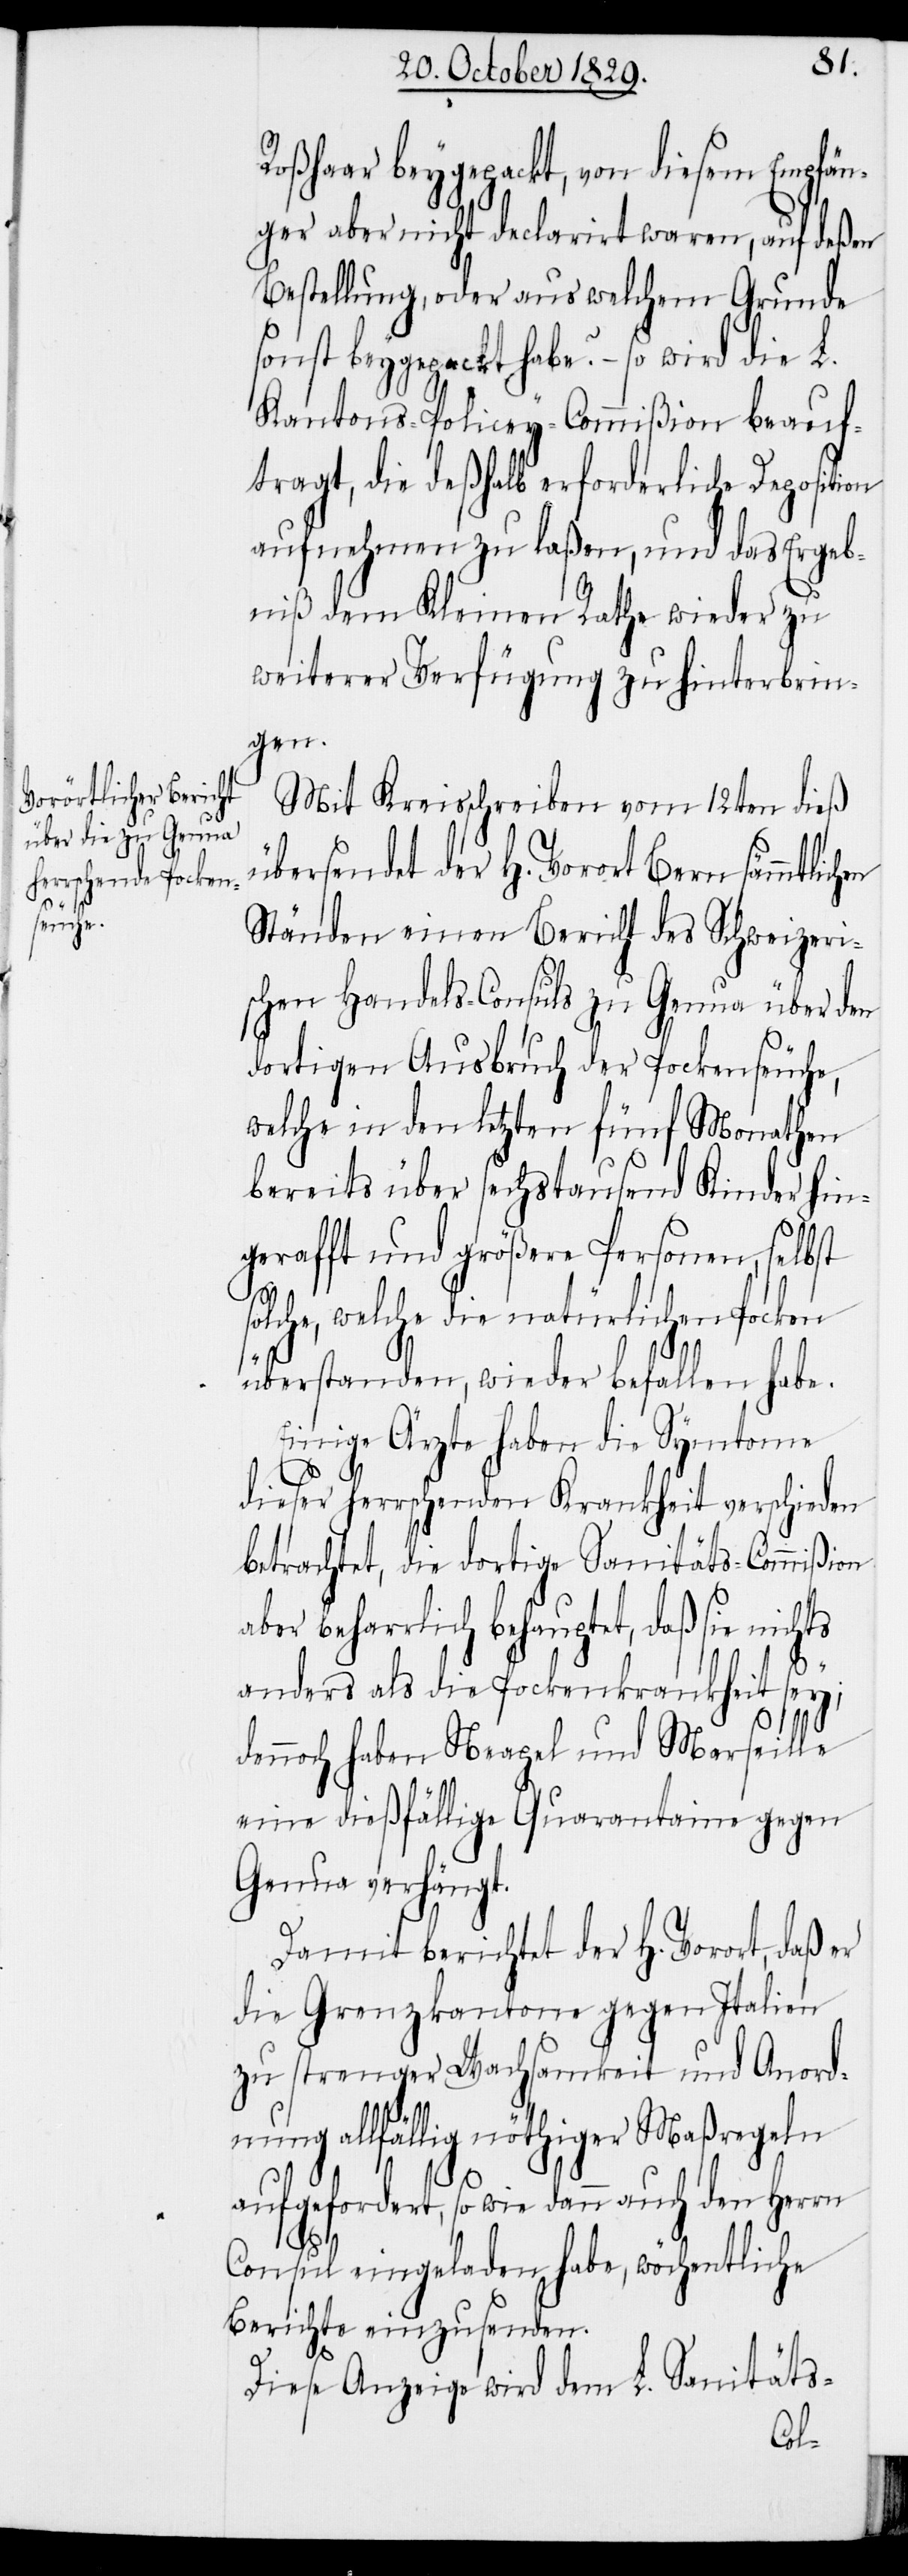
Roßhaar beygepackt, von diesem Empfän¬
ger aber nicht declarirt waren, auf deßen
Bestellung, oder aus welchem Grunde
sonst beygepackt habe? – so wird die L.
Kantons-Policey-Commißion beauf¬
tragt, die deßhalb erforderliche Deposition
aufnehmen zu laßen, und das Ergeb¬
niß dem Kleinen Rathe wieder zu
weiterer Verfügung zu hinterbrin¬
gen.
Mit Kreisschreiben vom 12ten dieß
übersendet der H. Vorort Bern sämmtlich¬
Ständen einen Bericht des Schweizeri¬
schen Handels-Consuls zu Genua über den
dortigen Ausbruch der Pockenseuche,
welche in den letzten fünf Monathen
bereits über sechstausend Kinder hin¬
gerafft und größere Personen, selbst
solche, welche die natürlichen Pocken
überstanden, wieder befallen habe.
Einige Ärzte haben die Symtome
dieser herrschenden Krankheit verschieden
betrachtet, die dortige Sanitäts-Commißion
aber beharrlich behauptet, daß sie
anders als die Pockenkrankheit sey;
dennoch haben Neapel und Marseille
eine dießfällige Quarantaine gegen
Genua verhängt.
Damit berichtet der H. Vorort, daß er
die Grenzkantone gegen Italien
zu strenger Wachsamkeit und Anord¬
nung allfällig nöthiger Maßregeln
aufgefordert, so wie dann auch den Herrn
en
Consul eingeladen habe, wöchentliche
Berichte einzusenden.
Diese Anzeige wird dem L. Sanitäts-